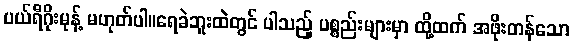
ပယ်ရီဂိုးမုန့် မဟုတ်ပါ။ရေခဲဘူးထဲတွင် ပါသည့် ပစ္စည်းများမှာ ထို့ထက် အဖိုးတန်သော